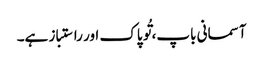
آسمانی باپ، تُو پاک اور راستباز ہے۔